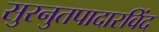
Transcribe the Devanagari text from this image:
सुरनुतपादारविंद